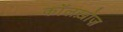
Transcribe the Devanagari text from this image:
कॉलख़ोज़